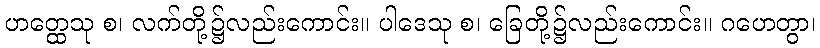
ဟတ္ထေသု စ၊ လက်တို့၌လည်းကောင်း။ ပါဒေသု စ၊ ခြေတို့၌လည်းကောင်း။ ဂဟေတွာ၊